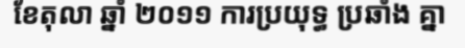
ខែតុលា ឆ្នាំ ២០១១ ការប្រយុទ្ធ ប្រឆាំង គ្នា